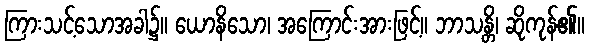
ကြားသင့်သောအခါ၌။ ယောနိသော၊ အကြောင်းအားဖြင့်။ ဘာသန္တိ၊ ဆိုကုန်၏။